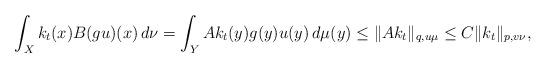
LaTeX: \begin{align*}\int_Xk_t(x)B(gu)(x)\,d\nu=\int_YAk_t(y)g(y)u(y)\,d\mu(y)\le\|Ak_t\|_{q,u\mu}\le C\|k_t\|_{p,v\nu},\end{align*}